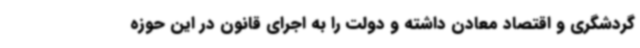
گردشگری و اقتصاد معادن داشته و دولت را به اجرای قانون در این حوزه